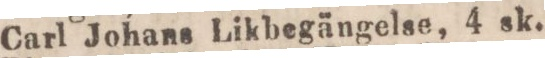
Carl Johans Likbegängelse, 4 sk.